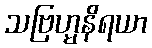
သဗြဟ္မနိရယာ